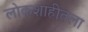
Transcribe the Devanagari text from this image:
लोकशाहीतला